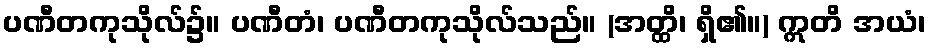
ပဏီတကုသိုလ်၌။ ပဏီတံ၊ ပဏီတကုသိုလ်သည်။ (အတ္ထိ၊ ရှိ၏။) ဣတိ အယံ၊